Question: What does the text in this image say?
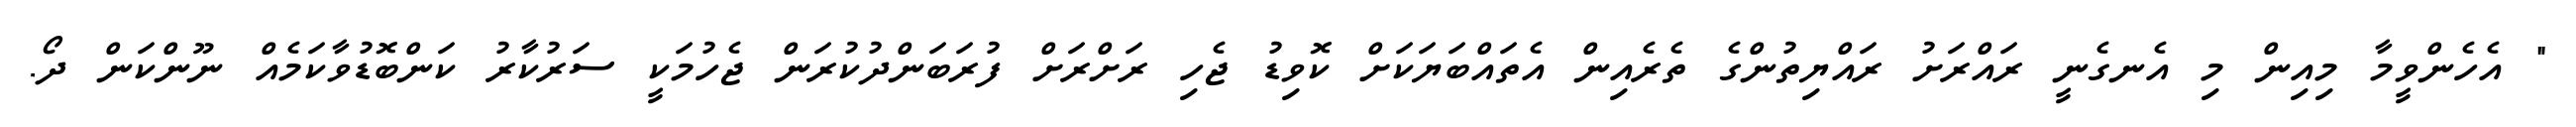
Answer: " އެހެންވީމާ މިއިން މި އެނގެނީ ރައްރަށު ރައްޔިތުންގެ ތެރެއިން އެތައްބަޔަކަށް ކޮވިޑު ޖެހި ރަށްރަށް ފުރަބަންދުކުރަން ޖެހުމަކީ ސަރުކާރު ކަންބޮޑުވާކަމެއް ނޫންކަން ދޯ.